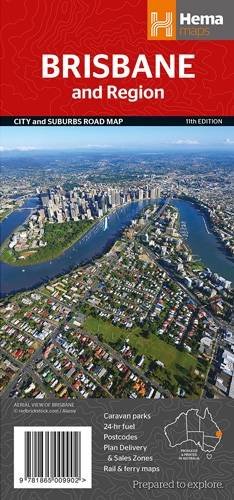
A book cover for Brisbane & Region Handy 2015: HEMA; Hema Maps Pty.Ltd; Travel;